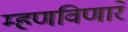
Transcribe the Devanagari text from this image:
म्हणविणारे